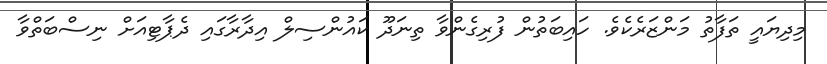
މިދިޔައީ ތަފާތު މަންޒަރެކެވެ. ހައިބަތުން ފުރިގެންވާ ތިނަދޫ ކައުންސިލް އިދާރާގައި ދެޕާޓިއަށް ނިސްބަތްވާ